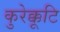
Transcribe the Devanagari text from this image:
कुरेक्कूटि